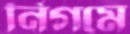
নিগমে